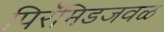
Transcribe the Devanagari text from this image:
पिरॅमिडजवळ